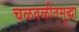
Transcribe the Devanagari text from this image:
चळवळीतसुद्धा